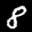
Label: 8